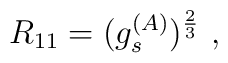
R_{11} = (g^{(A)}_s)^{2\over3}\ ,